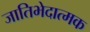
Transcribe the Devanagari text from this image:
जातिभेदात्मक